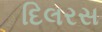
દિલરસ